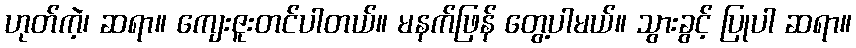
ဟုတ်ကဲ့၊ ဆရာ။ ကျေးဇူးတင်ပါတယ်။ မနက်ဖြန် တွေ့ပါမယ်။ သွားခွင့် ပြုပါ ဆရာ။